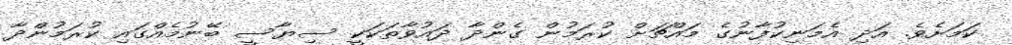
ކަމަށެވެ. އަދި އެމަނިކުފާނުގެ މައްޗަށް ކުރަމުން ގެންދާ ދައުވާތަކަކީ ސިޔާސީ ބޭނުމެއްގައި ކުރަމުންދާ